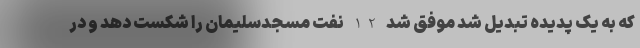
که به یک پدیده تبدیل شد موفق شد 2-1 نفت مسجدسلیمان را شکست دهد و در